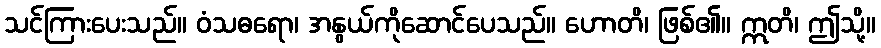
သင်ကြားပေးသည်။ ဝံသဓရော၊ အနွယ်ကိုဆောင်ပေသည်။ ဟောတိ၊ ဖြစ်၏။ ဣတိ၊ ဤသို့။